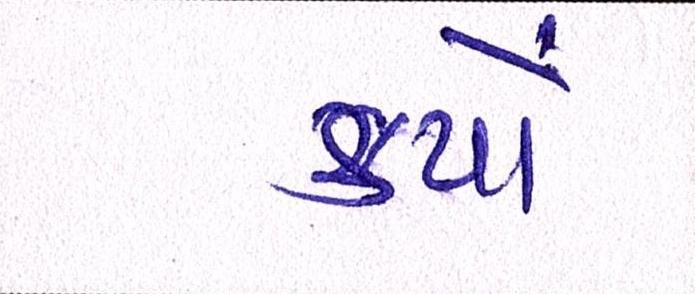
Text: કયો